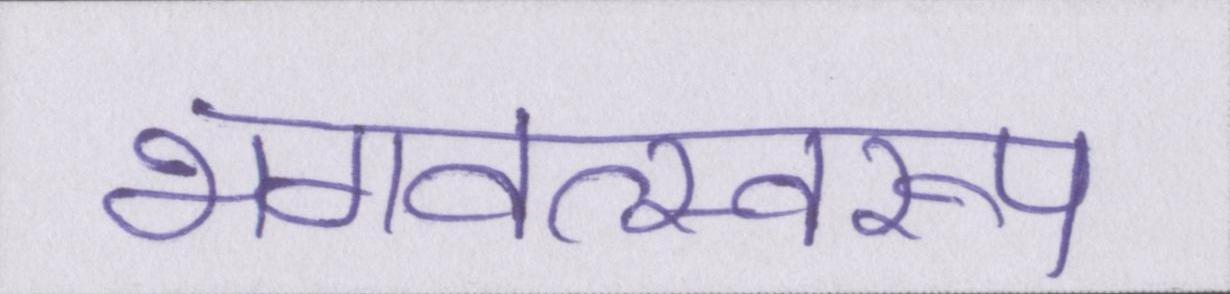
भगवत्स्वरूप